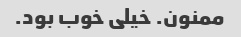
ممنون. خیلی خوب بود.